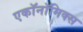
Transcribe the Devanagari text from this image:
एकॉनॉमिक्स